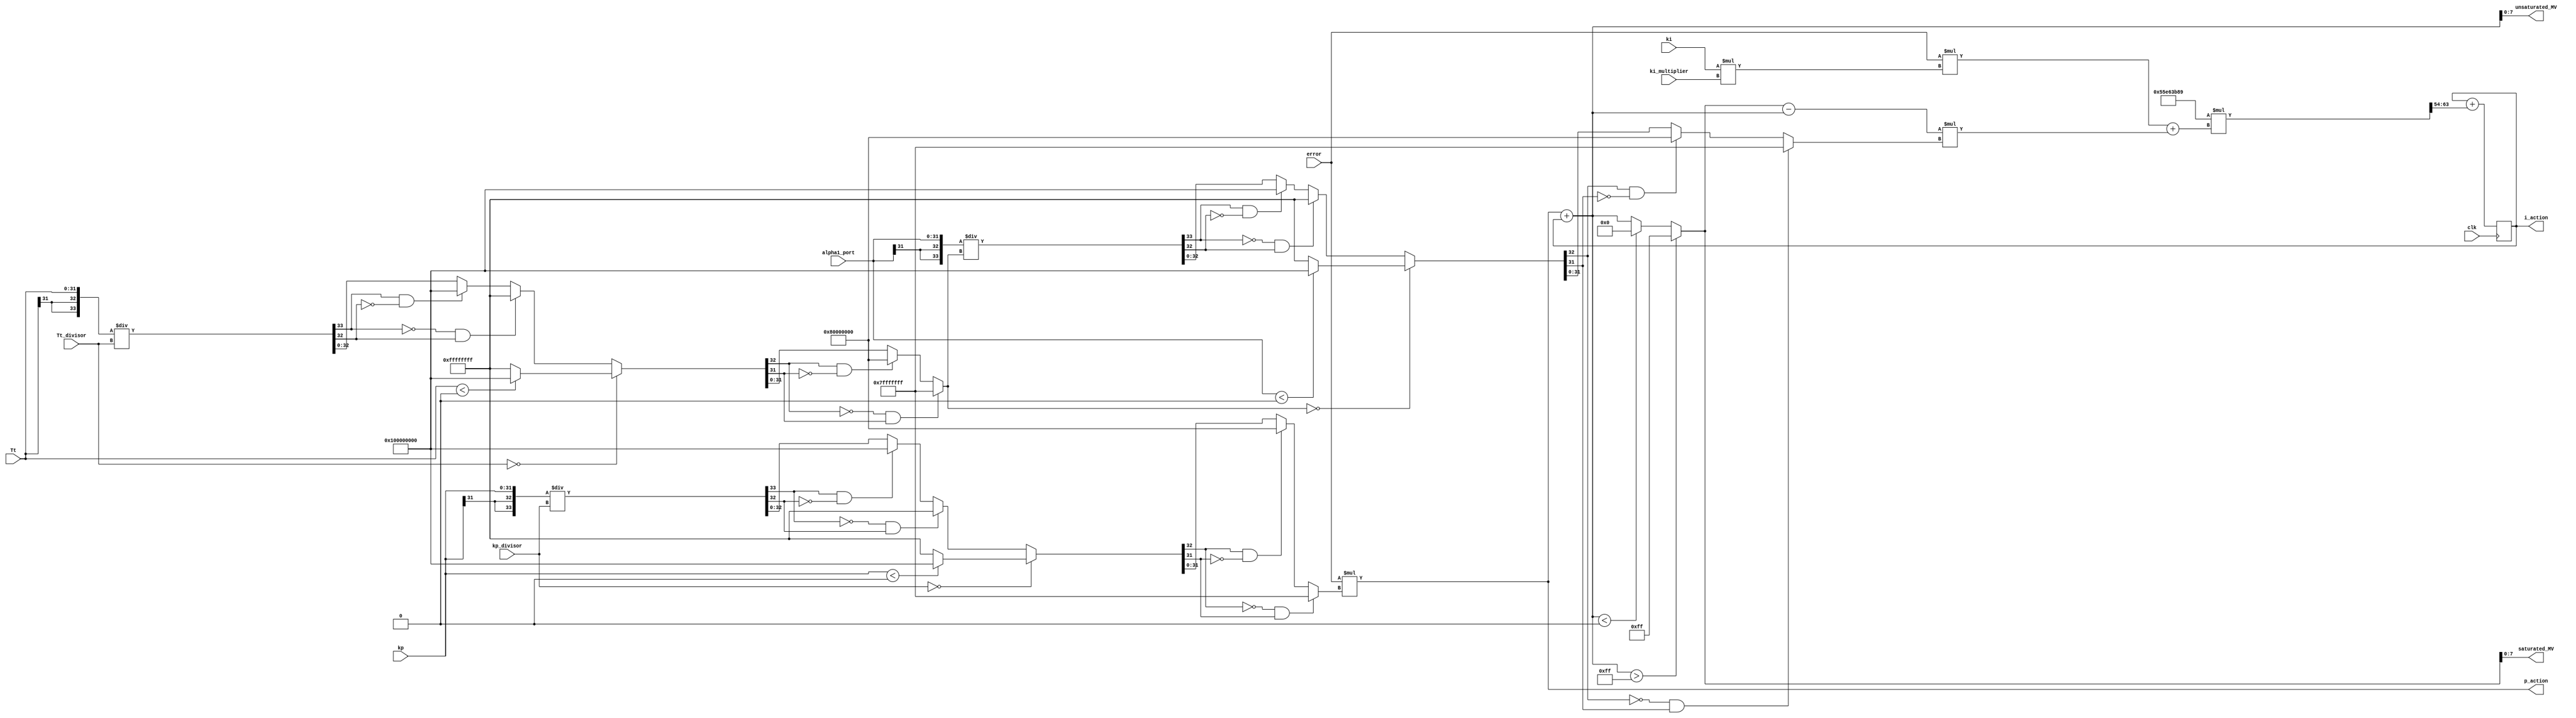
// -------------------------------------------------------------
// 
// 
// Generated by MATLAB 9.11 and HDL Coder 3.19
// 
// 
// -- -------------------------------------------------------------
// -- Rate and Clocking Details
// -- -------------------------------------------------------------
// Model base rate: 8e-08
// Target subsystem base rate: 8e-08
// 
// -------------------------------------------------------------


// -------------------------------------------------------------
// 
// Module: PID
// Source Path: flyback_pid/PID
// Hierarchy Level: 0
// 
// Simulink model description for flyback_pid:
// 
// Symmetric FIR Filter
// This example shows how to use HDL Coder(TM) to check, generate,
// and verify HDL for a fixed-point symmetric FIR filter. 
// 
// -------------------------------------------------------------

`timescale 1 ns / 1 ns

module PID
          (clk,
           error,
           kp,
           kp_divisor,
           ki,
           ki_multiplier,
           alpha1_port,
           Tt,
           Tt_divisor,
           saturated_MV,
           p_action,
           i_action,
           unsaturated_MV);


  input   clk;
  input   signed [31:0] error;  // int32
  input   signed [31:0] kp;  // int32
  input   signed [31:0] kp_divisor;  // int32
  input   signed [31:0] ki;  // int32
  input   signed [31:0] ki_multiplier;  // int32
  input   signed [31:0] alpha1_port;  // int32
  input   signed [31:0] Tt;  // int32
  input   signed [31:0] Tt_divisor;  // int32
  output  signed [7:0] saturated_MV;  // int8
  output  signed [31:0] p_action;  // int32
  output  signed [31:0] i_action;  // int32
  output  signed [7:0] unsaturated_MV;  // int8


  wire signed [32:0] kp_dtc;  // sfix33
  reg signed [31:0] Divide_out1;  // int32
  wire signed [63:0] Product_mul_temp;  // sfix64
  wire signed [31:0] Product_out1;  // int32
  wire signed [63:0] Product2_mul_temp;  // sfix64
  wire signed [31:0] Product2_out1;  // int32
  wire signed [32:0] alpha1_port_dtc;  // sfix33
  wire signed [32:0] Tt_dtc;  // sfix33
  wire signed [63:0] Product1_mul_temp;  // sfix64
  wire signed [31:0] Product1_out1;  // int32
  reg signed [31:0] Divide2_out1;  // int32
  reg signed [31:0] Divide1_out1;  // int32
  wire signed [31:0] Saturation_out1;  // int32
  wire signed [31:0] Add1_out1;  // int32
  wire signed [31:0] Add3_out1;  // int32
  wire signed [63:0] Product3_mul_temp;  // sfix64
  wire signed [31:0] Product3_out1;  // int32
  wire signed [31:0] Add2_out1;  // int32
  wire signed [31:0] Discrete_Time_Integrator1_indtc;  // sfix32
  wire signed [63:0] gain_mul_temp;  // sfix64_En54
  wire signed [31:0] Discrete_Time_Integrator1_u_gain;  // sfix32
  wire signed [31:0] Discrete_Time_Integrator1_u_dtc;  // int32
  reg signed [31:0] Discrete_Time_Integrator1_x_reg;  // int32
  wire signed [31:0] Discrete_Time_Integrator1_u_add;  // int32
  wire signed [7:0] Data_Type_Conversion2_out1;  // int8
  wire signed [7:0] Data_Type_Conversion3_out1;  // int8
  reg signed [32:0] Divide_c;  // sfix33
  reg signed [33:0] Divide_div_temp;  // sfix34
  reg signed [33:0] Divide_t_0_0;  // sfix34
  reg signed [32:0] Divide2_c;  // sfix33
  reg signed [33:0] Divide2_div_temp;  // sfix34
  reg signed [33:0] Divide2_t_0_0;  // sfix34
  reg signed [32:0] Divide1_c;  // sfix33
  reg signed [33:0] Divide1_div_temp;  // sfix34
  reg signed [33:0] Divide1_t_0_0;  // sfix34

  initial begin
    Discrete_Time_Integrator1_x_reg = 32'sb00000000000000000000000000000000;
  end

  assign kp_dtc = {kp[31], kp};



  always @(kp_divisor, kp_dtc) begin
    Divide_div_temp = 34'sh000000000;
    Divide_t_0_0 = 34'sh000000000;
    if (kp_divisor == 32'sb00000000000000000000000000000000) begin
      if (kp_dtc < 33'sh000000000) begin
        Divide_c = 33'sh100000000;
      end
      else begin
        Divide_c = 33'sh0FFFFFFFF;
      end
    end
    else begin
      Divide_t_0_0 = {kp_dtc[32], kp_dtc};
      Divide_div_temp = Divide_t_0_0 / kp_divisor;
      if ((Divide_div_temp[33] == 1'b0) && (Divide_div_temp[32] != 1'b0)) begin
        Divide_c = 33'sh0FFFFFFFF;
      end
      else if ((Divide_div_temp[33] == 1'b1) && (Divide_div_temp[32] != 1'b1)) begin
        Divide_c = 33'sh100000000;
      end
      else begin
        Divide_c = Divide_div_temp[32:0];
      end
    end
    if ((Divide_c[32] == 1'b0) && (Divide_c[31] != 1'b0)) begin
      Divide_out1 = 32'sb01111111111111111111111111111111;
    end
    else if ((Divide_c[32] == 1'b1) && (Divide_c[31] != 1'b1)) begin
      Divide_out1 = 32'sb10000000000000000000000000000000;
    end
    else begin
      Divide_out1 = Divide_c[31:0];
    end
  end


  assign Product_mul_temp = error * Divide_out1;
  assign Product_out1 = Product_mul_temp[31:0];


  assign Product2_mul_temp = ki * ki_multiplier;
  assign Product2_out1 = Product2_mul_temp[31:0];


  assign alpha1_port_dtc = {alpha1_port[31], alpha1_port};



  assign Tt_dtc = {Tt[31], Tt};



  assign Product1_mul_temp = error * Product2_out1;
  assign Product1_out1 = Product1_mul_temp[31:0];


  always @(Tt_divisor, Tt_dtc) begin
    Divide2_div_temp = 34'sh000000000;
    Divide2_t_0_0 = 34'sh000000000;
    if (Tt_divisor == 32'sb00000000000000000000000000000000) begin
      if (Tt_dtc < 33'sh000000000) begin
        Divide2_c = 33'sh100000000;
      end
      else begin
        Divide2_c = 33'sh0FFFFFFFF;
      end
    end
    else begin
      Divide2_t_0_0 = {Tt_dtc[32], Tt_dtc};
      Divide2_div_temp = Divide2_t_0_0 / Tt_divisor;
      if ((Divide2_div_temp[33] == 1'b0) && (Divide2_div_temp[32] != 1'b0)) begin
        Divide2_c = 33'sh0FFFFFFFF;
      end
      else if ((Divide2_div_temp[33] == 1'b1) && (Divide2_div_temp[32] != 1'b1)) begin
        Divide2_c = 33'sh100000000;
      end
      else begin
        Divide2_c = Divide2_div_temp[32:0];
      end
    end
    if ((Divide2_c[32] == 1'b0) && (Divide2_c[31] != 1'b0)) begin
      Divide2_out1 = 32'sb01111111111111111111111111111111;
    end
    else if ((Divide2_c[32] == 1'b1) && (Divide2_c[31] != 1'b1)) begin
      Divide2_out1 = 32'sb10000000000000000000000000000000;
    end
    else begin
      Divide2_out1 = Divide2_c[31:0];
    end
  end


  always @(Divide2_out1, alpha1_port_dtc) begin
    Divide1_div_temp = 34'sh000000000;
    Divide1_t_0_0 = 34'sh000000000;
    if (Divide2_out1 == 32'sb00000000000000000000000000000000) begin
      if (alpha1_port_dtc < 33'sh000000000) begin
        Divide1_c = 33'sh100000000;
      end
      else begin
        Divide1_c = 33'sh0FFFFFFFF;
      end
    end
    else begin
      Divide1_t_0_0 = {alpha1_port_dtc[32], alpha1_port_dtc};
      Divide1_div_temp = Divide1_t_0_0 / Divide2_out1;
      if ((Divide1_div_temp[33] == 1'b0) && (Divide1_div_temp[32] != 1'b0)) begin
        Divide1_c = 33'sh0FFFFFFFF;
      end
      else if ((Divide1_div_temp[33] == 1'b1) && (Divide1_div_temp[32] != 1'b1)) begin
        Divide1_c = 33'sh100000000;
      end
      else begin
        Divide1_c = Divide1_div_temp[32:0];
      end
    end
    if ((Divide1_c[32] == 1'b0) && (Divide1_c[31] != 1'b0)) begin
      Divide1_out1 = 32'sb01111111111111111111111111111111;
    end
    else if ((Divide1_c[32] == 1'b1) && (Divide1_c[31] != 1'b1)) begin
      Divide1_out1 = 32'sb10000000000000000000000000000000;
    end
    else begin
      Divide1_out1 = Divide1_c[31:0];
    end
  end


  assign Add3_out1 = Saturation_out1 - Add1_out1;


  assign Product3_mul_temp = Add3_out1 * Divide1_out1;
  assign Product3_out1 = Product3_mul_temp[31:0];


  assign Add2_out1 = Product1_out1 + Product3_out1;


  assign Discrete_Time_Integrator1_indtc = Add2_out1;



  assign gain_mul_temp = 32'sb01010101111001100011101110001001 * Discrete_Time_Integrator1_indtc;
  assign Discrete_Time_Integrator1_u_gain = {{22{gain_mul_temp[63]}}, gain_mul_temp[63:54]};



  assign Discrete_Time_Integrator1_u_dtc = Discrete_Time_Integrator1_u_gain;



  assign Discrete_Time_Integrator1_u_add = Discrete_Time_Integrator1_x_reg + Discrete_Time_Integrator1_u_dtc;



  always @(posedge clk)
    begin : Discrete_Time_Integrator1_reg_process
      Discrete_Time_Integrator1_x_reg <= Discrete_Time_Integrator1_u_add;
    end


  assign Add1_out1 = Product_out1 + Discrete_Time_Integrator1_x_reg;


  assign Saturation_out1 = (Add1_out1 > 32'sb00000000000000000000000011111111 ? 32'sb00000000000000000000000011111111 :
              (Add1_out1 < 32'sb00000000000000000000000000000000 ? 32'sb00000000000000000000000000000000 :
              Add1_out1));


  assign Data_Type_Conversion2_out1 = Saturation_out1[7:0];


  assign saturated_MV = Data_Type_Conversion2_out1;

  assign p_action = Product_out1;

  assign i_action = Discrete_Time_Integrator1_x_reg;

  assign Data_Type_Conversion3_out1 = Add1_out1[7:0];


  assign unsaturated_MV = Data_Type_Conversion3_out1;

endmodule  // PID